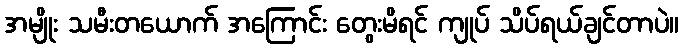
အမျိုး သမီးတယောက် အကြောင်း တွေးမိရင် ကျုပ် သိပ်ရယ်ချင်တာပဲ။